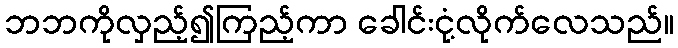
ဘဘကိုလှည့်၍ကြည့်ကာ ခေါင်းငုံ့လိုက်လေသည်။